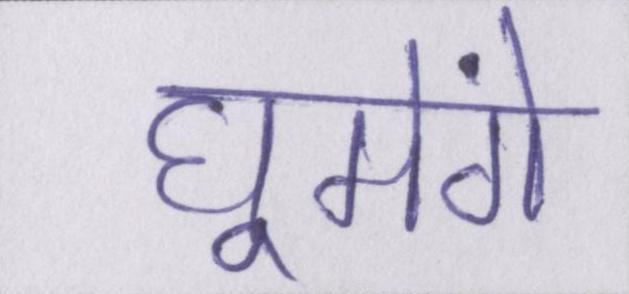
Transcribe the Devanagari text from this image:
घूमेंगे